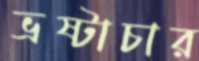
ভ্রষ্টাচার